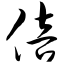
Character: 倍